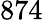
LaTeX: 874